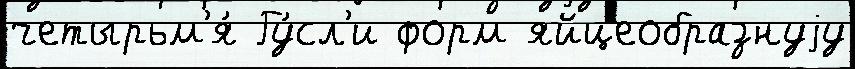
четырьм'я́ Гу́сл'и форм яйцеобразнуjу